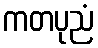
ကတပုညံ